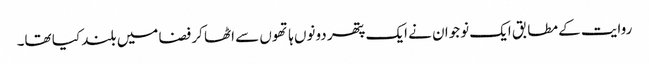
روایت کے مطابق ایک نوجوان نے ایک پتھر دونوں ہاتھوں سے اٹھا کر فضا میں بلند کیا تھا۔